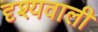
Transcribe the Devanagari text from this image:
दृश्यवाली